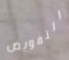
التفويض